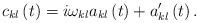
LaTeX: \begin{align*}c_{kl}\left( t\right) =i\omega _{kl}a_{kl}\left( t\right) +a_{kl}^{\prime}\left( t\right) . \end{align*}